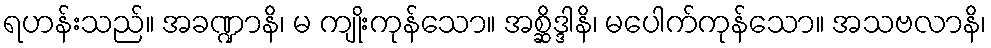
ရဟန်းသည်။ အခဏ္ဍာနိ၊ မ ကျိုးကုန်သော။ အစ္ဆိဒ္ဒါနိ၊ မပေါက်ကုန်သော။ အသဗလာနိ၊